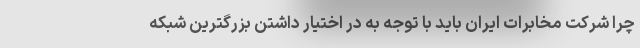
چرا شرکت مخابرات ایران باید با توجه به در اختیار داشتن بزرگترین شبکه